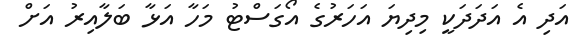
އަދި އެ އަދަދަކީ މިދިޔަ އަހަރުގެ އޯގަސްޓު މަހާ އަޅާ ބަލާއިރު އަށް